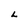
Character: L